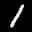
Label: 1